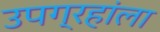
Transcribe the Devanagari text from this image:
उपग्रहांला